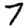
Digit: 7